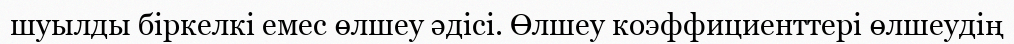
шуылды біркелкі емес өлшеу әдісі. Өлшеу коэффициенттері өлшеудің